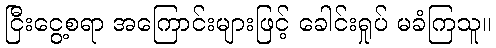
ငြီးငွေ့စရာ အကြောင်းများဖြင့် ခေါင်းရှုပ် မခံကြသူ။